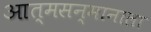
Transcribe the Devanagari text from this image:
आत्मसन्मानाला